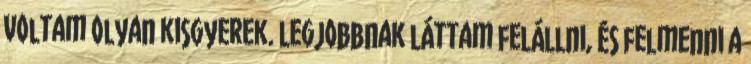
voltam olyan kisgyerek. Legjobbnak láttam felállni, és felmenni a